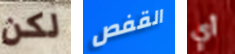
لكن القفص أي